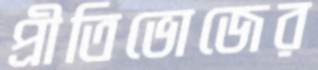
প্রীতিভোজের